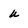
Character: u